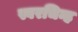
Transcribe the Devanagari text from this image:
स्वरचिन्ह